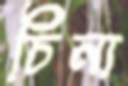
চিনা